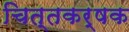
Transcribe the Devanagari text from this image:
चित्तकर्षक